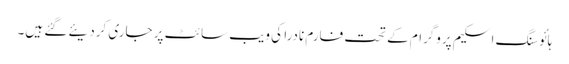
ہائوسنگ اسکیم پروگرام کے تحت فارم نادرا کی ویب سائٹ پر جاری کردیئے گئے ہیں۔